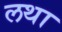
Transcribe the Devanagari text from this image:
लथा